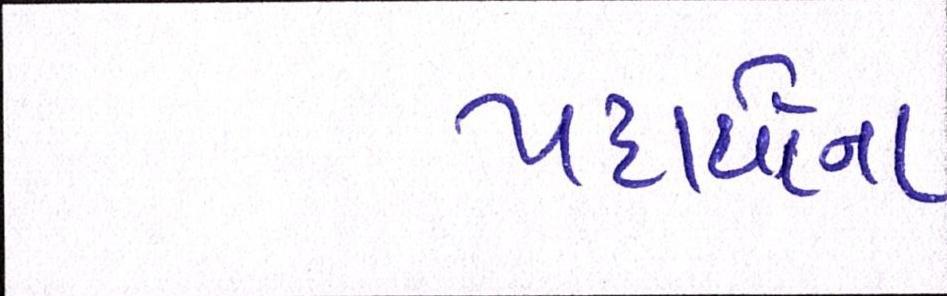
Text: પદાર્થોના